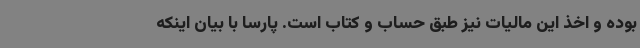
بوده و اخذ این مالیات نیز طبق حساب و کتاب است. پارسا با بیان اینکه